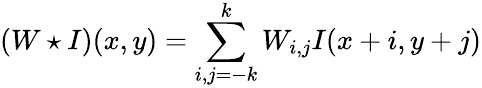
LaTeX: (W\star I)(x,y)=\sum_{i,j=-k}^{k}W_{i,j}I(x+i,y+j)